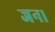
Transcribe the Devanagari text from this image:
जन।